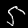
Digit: 5